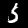
Label: 5